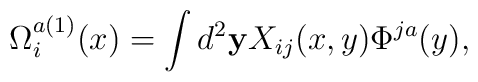
\Omega_i^{a(1)}(x) = \int d^2 {\bf y} X_{ij}(x,y)\Phi^{j a}(y),